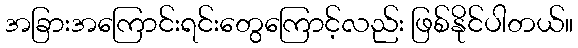
အခြားအကြောင်းရင်းတွေကြောင့်လည်း ဖြစ်နိုင်ပါတယ်။